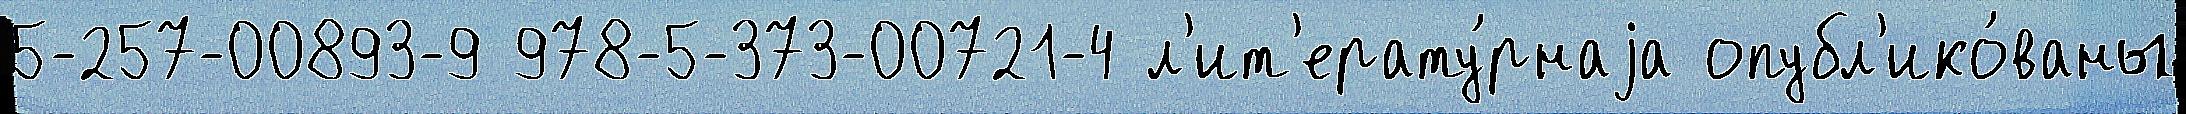
5-257-00893-9 978-5-373-00721-4 л'ит'ерату́рнаjа опубл'ико́ваны